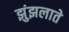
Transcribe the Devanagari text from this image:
झुंझलाते